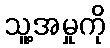
သူ့အမှုကို